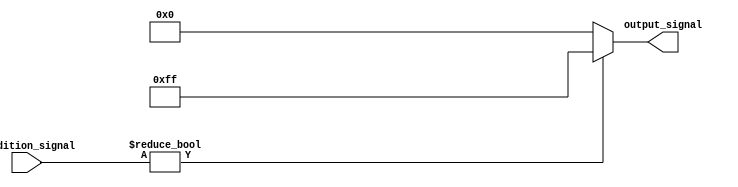
module conditional_operator_assignment (
    input wire [3:0] condition_signal, // Input signal to evaluate
    output reg [7:0] output_signal      // Output signal assigned based on the condition
);

// Always block to evaluate the condition and assign output
always @(*) begin
    // Using the conditional operator to assign value based on condition
    output_signal = (condition_signal != 4'b0000) ? 8'hFF : 8'h00; // Assign 255 if true, else assign 0
end

endmodule